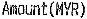
AMOUNT(MYR)